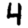
Digit: 4